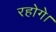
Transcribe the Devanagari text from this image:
रहोगे।